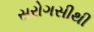
સરોગસીથી